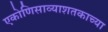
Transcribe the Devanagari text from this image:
एकोणिसाव्याशतकाच्या